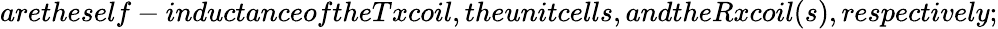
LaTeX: aretheself-inductanceoftheTxcoil,theunitcells,andtheRxcoil(s),respectively;